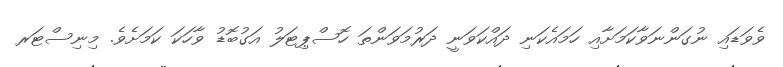
ވެވަޑައި ނުގަންނަވާކަމަށާއި ހަމައެކަނި ދައްކަވަނީ ދަރުމަވަންތަ ހޮސްޕިޓަލު އަގުބޮޑު ވާހަކަ ކަމަށެވެ. މިނިސްޓަރ